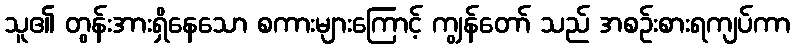
သူ၏ တွန်းအားရှိနေသော စကားများကြောင့် ကျွန်တော် သည် အစဉ်းစားရကျပ်ကာ